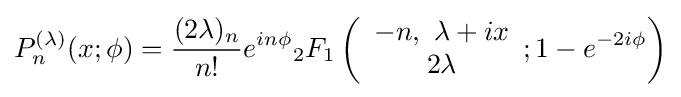
P_{n}^{(\lambda )}(x;\phi )={\frac {(2\lambda )_{n}}{n!}}e^{in\phi }{}_{2}F_{1}\left({\begin{array}{c}-n,~\lambda +ix\\2\lambda \end{array}};1-e^{-2i\phi }\right)